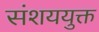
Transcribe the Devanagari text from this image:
संशययुक्त